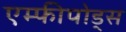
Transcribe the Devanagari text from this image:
एम्फीपोड्स